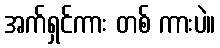
အက်ရှင်ကား တစ် ကားပဲ။